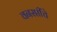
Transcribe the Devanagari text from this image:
वनस्प्तींचे